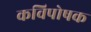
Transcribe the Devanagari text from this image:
कविपोषक